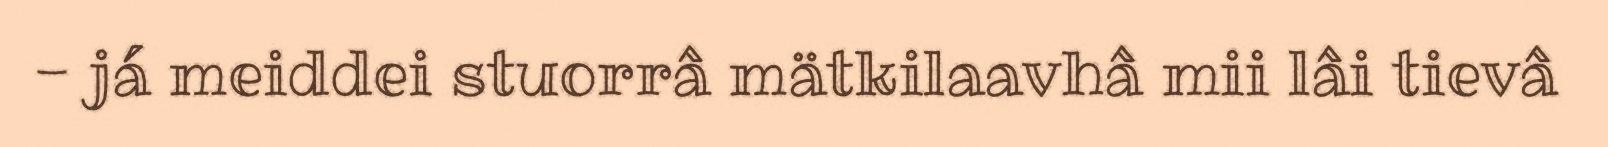
- já meiddei stuorrâ mätkilaavhâ mii lâi tievâ